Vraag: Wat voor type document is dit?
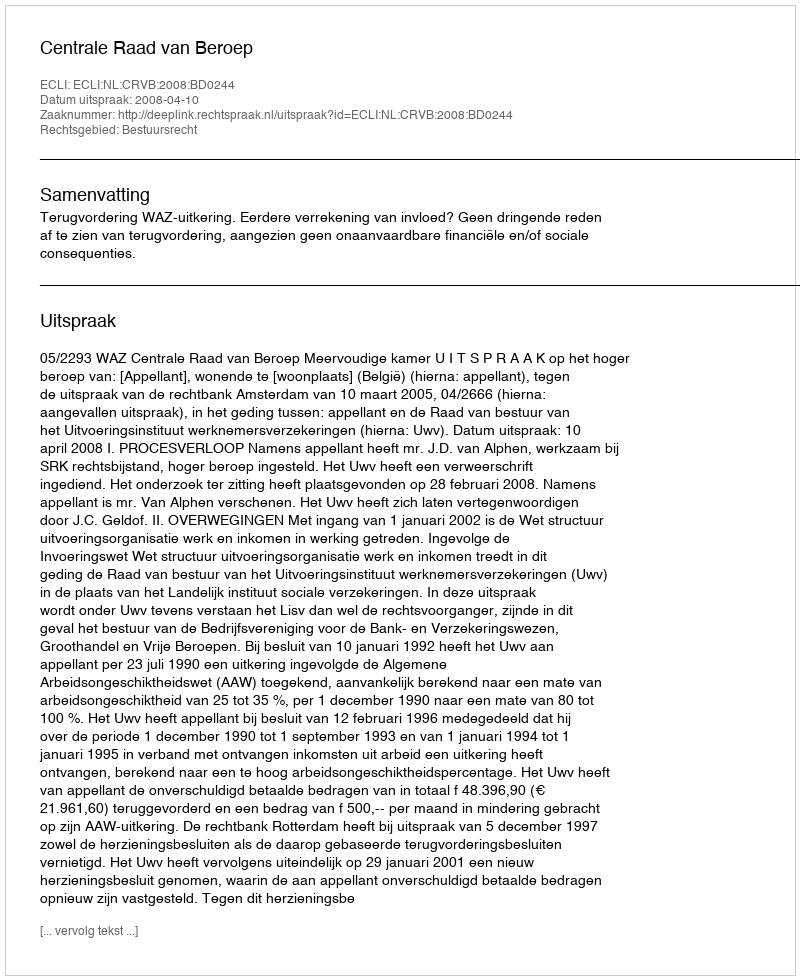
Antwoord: Uitspraak